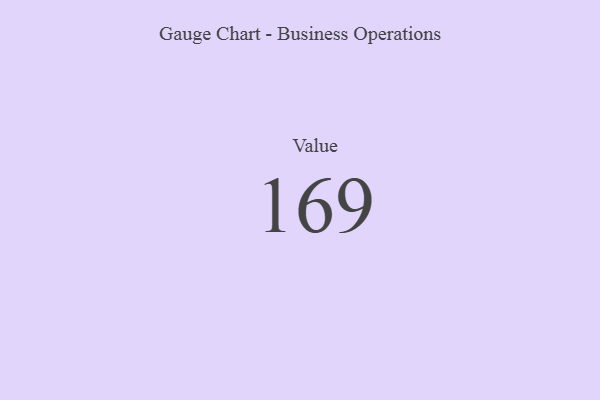
{"axis": {"x": "Metric", "y": "Value"}, "legend": [""], "data": [{"x": "Value", "y": 169, "type": ""}]}